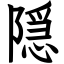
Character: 隠